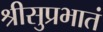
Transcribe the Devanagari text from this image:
श्रीसुप्रभातं